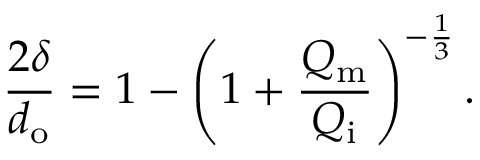
\frac { 2 \delta } { d _ { \mathrm { o } } } = 1 - \left( 1 + \frac { Q _ { \mathrm { m } } } { Q _ { \mathrm { i } } } \right) ^ { - \frac { 1 } { 3 } } .